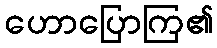
ဟောပြောကြ၏